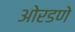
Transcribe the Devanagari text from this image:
ओरडणे